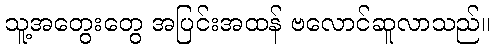
သူ့အတွေးတွေ အပြင်းအထန် ဗလောင်ဆူလာသည်။